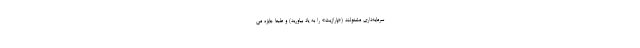
سرمایه‌داری مشغولند («پارازیت» را به یاد بیاورید) و طبعا جایزه می